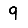
Digit: 9